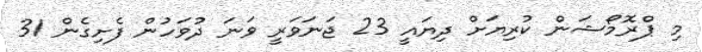
މި ޕްރޮމޯޝަން ކުރިޔަށް ދިޔައީ 23 ޖަނަވަރީ ވަނަ ދުވަހުން ފެށިގެން 31